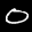
Label: 0